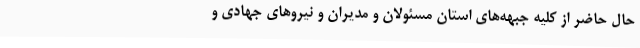
حال حاضر از کلیه جبهه‌های استان مسئولان و مدیران و نیروهای جهادی و